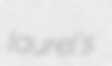
laurel's